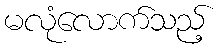
မလုံလောက်သည့်